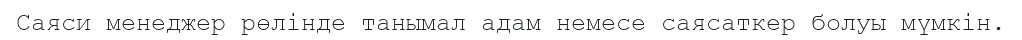
Саяси менеджер рөлінде танымал адам немесе саясаткер болуы мүмкін.